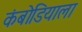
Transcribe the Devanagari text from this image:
कंबोडियाला